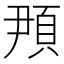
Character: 䪳